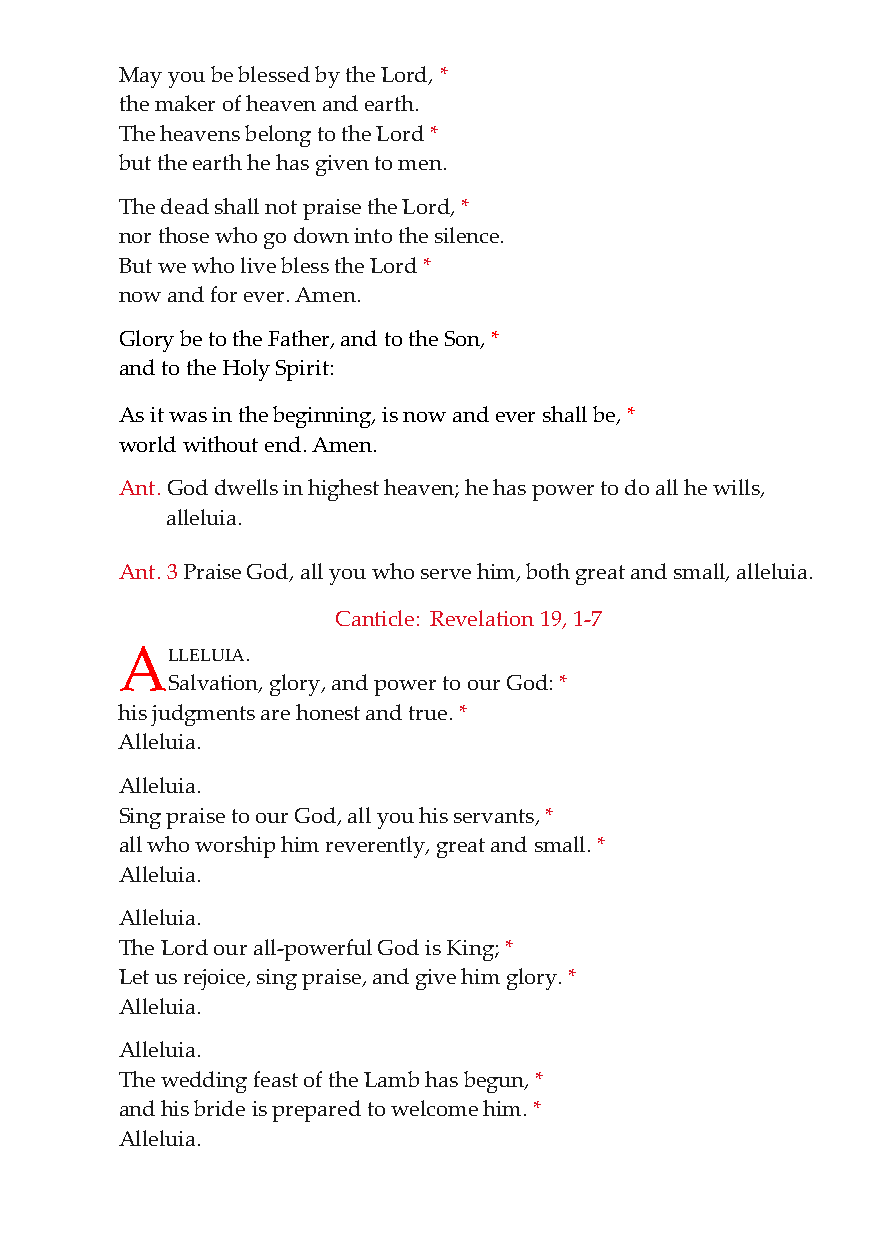
May you be blessed by the Lord, *
 the maker of heaven and earth.
 The heavens belong to the Lord *
 but the earth he has given to men.
 The dead shall not praise the Lord, *
 nor those who go down into the silence.
 But we who live bless the Lord *
 now and for ever. Amen.
 Glory be to the Father, and to the Son, *
 and to the Holy Spirit:
 As it was in the beginning, is now and ever shall be, *
 world without end. Amen.
 Ant. God dwells in highest heaven; he has power to do all he wills,
 alleluia.
 Ant. 3 Praise God, all you who serve him, both great and small, alleluia.
 Canticle: Revelation 19, 1-7
 AL  LELUIA.
 Salvation, glory, and power to our God: *
 his judgments are honest and true. *
 Alleluia.
 Alleluia.
 Sing praise to our God, all you his servants, *
 all who worship him reverently, great and small. *
 Alleluia.
 Alleluia.
 The Lord our all-powerful God is King; *
 Let us rejoice, sing praise, and give him glory. *
 Alleluia.
 Alleluia.
 The wedding feast of the Lamb has begun, *
 and his bride is prepared to welcome him. *
 Alleluia.